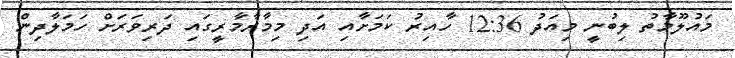
މައުލޫމާތު ލިބުނީ މިއަދު 12:36 ހާއިރު ކަމަށާއި އަދި މިމާރާމާރީގައި ދަރިވަރަށް ހަމަލާދިން